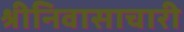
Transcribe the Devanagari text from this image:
श्रीनिवासाचारी